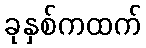
ခုနှစ်ကထက်